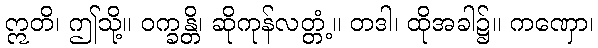
ဣတိ၊ ဤသို့။ ဝက္ခန္တိ၊ ဆိုကုန်လတ္တံ့။ တဒါ၊ ထိုအခါ၌။ ကဏှော၊